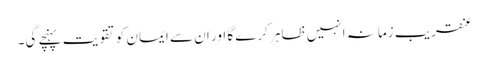
عنقریب زمانہ انہیں ظاہر کرے گا اور ان سے ایمان کو تقویت پہنچے گی۔